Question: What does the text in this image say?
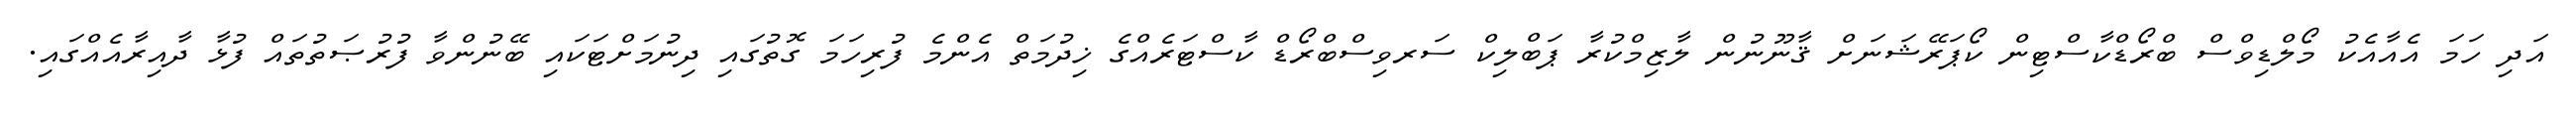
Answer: އަދި ހަމަ އެއާއެކު މޯލްޑިވްސް ބްރޯޑްކާސްޓިން ކޯޕަރޭޝަނަށް ޤާނޫނުން ލާޒިމްކުރާ ޕަބްލިކް ސަރވިސްބްރޯޑް ކާސްޓަރެއްގެ ޚިދުމަތް އެންމެ ފުރިހަމަ ގޮތުގައި ދިނުމަށްޓަކައި ބޭނުންވާ ފުރުޞަތުތައް ފުޅާ ދާއިރާއެއްގައި.